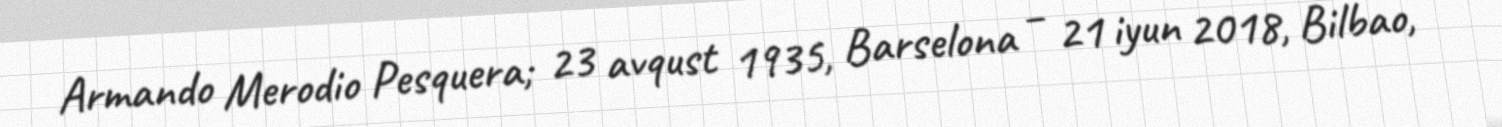
Armando Merodio Pesquera; 23 avqust 1935, Barselona – 21 iyun 2018, Bilbao,